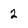
Character: 2